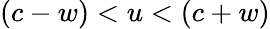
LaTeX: (c-w)<u<(c+w)